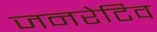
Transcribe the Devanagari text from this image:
जनरेटिव